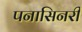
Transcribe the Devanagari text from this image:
पनासिनरी